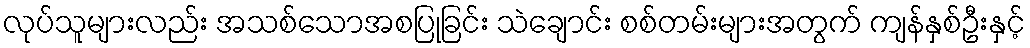
လုပ်သူများလည်း အသစ်သောအစပြုခြင်း သဲချောင်း စစ်တမ်းများအတွက် ကျန်နှစ်ဦးနှင့်